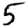
Digit: 5